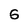
Character: 6